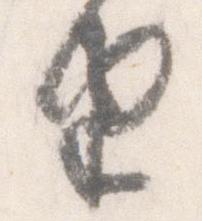
由